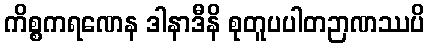
ကိစ္စကရဏေန ဒါနာဒီနိ စုတူပပါတဉာဏဿပိ